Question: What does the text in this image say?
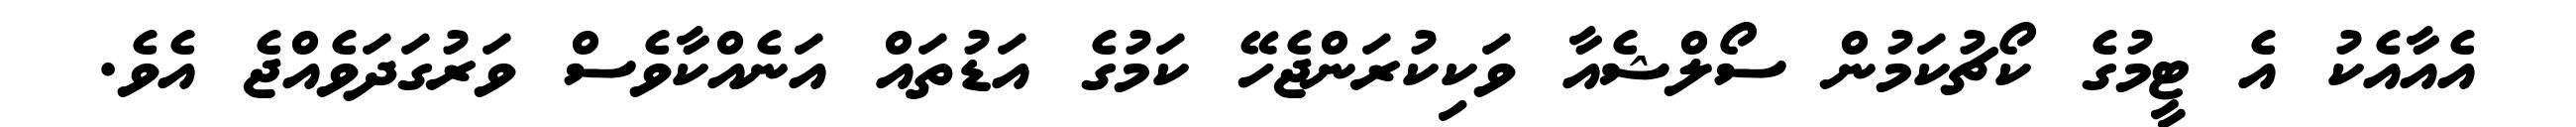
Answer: އެއާއެކު އެ ޓީމުގެ ކޯޗުކަމުން ސޯލްޝެއާ ވަކިކުރަންޖެހޭ ކަމުގެ އަޑުތައް އަނެއްކާވެސް ވަރުގަދަވެއްޖެ އެވެ.